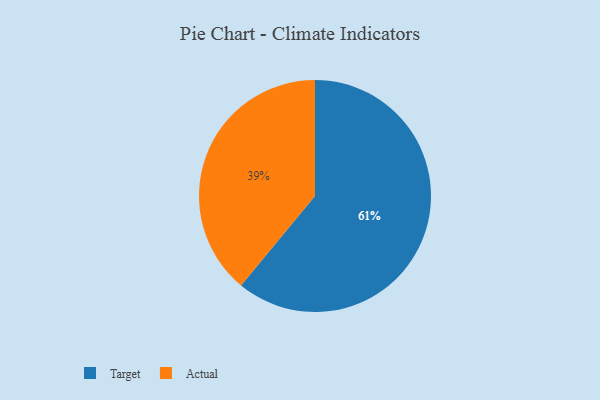
{"axis": {"x": "Category", "y": "Percentage"}, "legend": ["Actual", "Target"], "data": [{"x": "Actual", "y": 39, "type": "Actual"}, {"x": "Target", "y": 61, "type": "Target"}]}